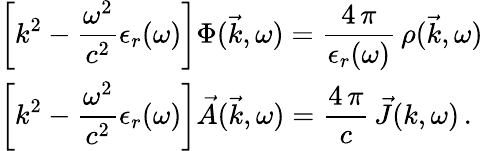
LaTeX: \begin{array}{l}{\displaystyle\left[k^{2}-\frac{\omega^{2}}{c^{2}}\epsilon_{r}(\omega)\right]\Phi(\vec{k},\omega)=\frac{4\, \pi}{\epsilon_{r}(\omega)}\, \rho(\vec{k},\omega)}\\ {\displaystyle\left[k^{2}-\frac{\omega^{2}}{c^{2}}\epsilon_{r}(\omega)\right]\vec{A}(\vec{k},\omega)=\frac{4\, \pi}{c}\, \vec{J}(k,\omega)\, .}\end{array}